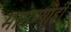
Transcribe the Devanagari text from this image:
मागण्याही